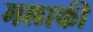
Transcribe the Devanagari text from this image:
मलाकी